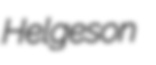
Helgeson